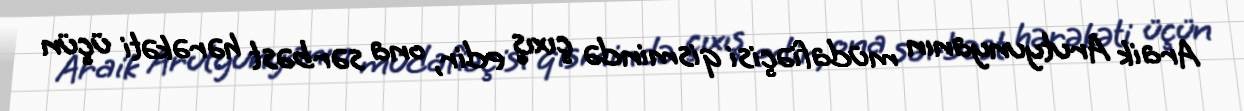
Araik Arutyunyanın müdafiəçisi qismində çıxış edir, ona sərbəst hərəkəti üçün